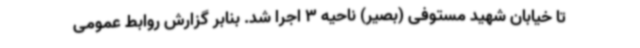
تا خیابان شهید مستوفی (بصیر) ناحیه 3 اجرا شد. بنابر گزارش روابط عمومی